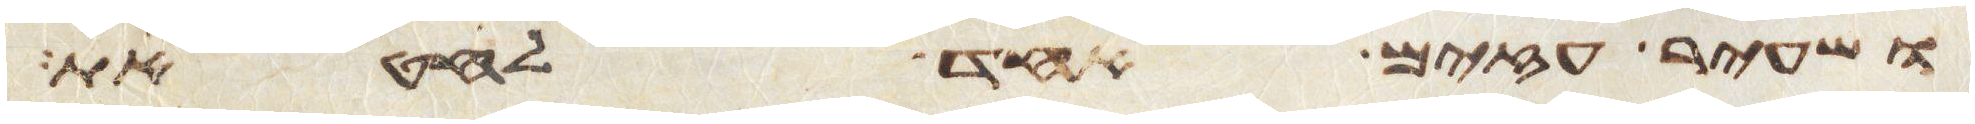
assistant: ושעיר עזים אחד לחטאת